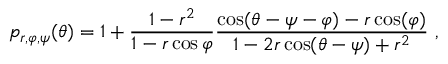
p _ { r , \varphi , \psi } ( \theta ) = 1 + \frac { 1 - r ^ { 2 } } { 1 - r \cos \varphi } \frac { \cos ( \theta - \psi - \varphi ) - r \cos ( \varphi ) } { 1 - 2 r \cos ( \theta - \psi ) + r ^ { 2 } } \ ,